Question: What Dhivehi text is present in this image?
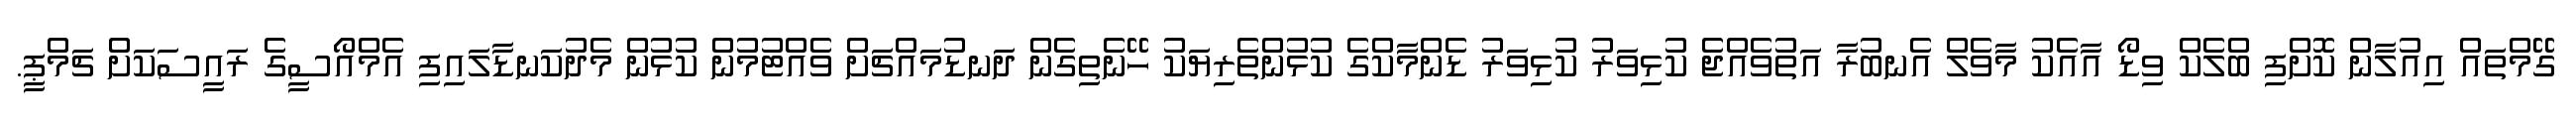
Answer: ގޭމްތައް އިއުލާން ކޮށްފި ބްލެކް ވިޑޯ އާއެކު މާވެލް އެނބުރާ އަތުވެއްޖެ ކުޅިވަރު ކުޅިވަރު ޑެންމާކްގެ ކުޅުންތެރިޔަކު ހޭނެތިގެން ދަނޑުމައްޗަށް ވެއްޓުމުން ކުޅުން މެދުކަނޑާލައިފި އެމްއޯސީގެ ރައީސަކަށް ޗަމްޕީ.